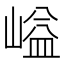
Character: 𡺬